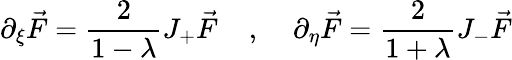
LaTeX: \partial_{\xi}\vec{F}=\frac{2}{1-\lambda}J_{+}\vec{F}\; \; \; \; ,\; \; \; \; \partial_{\eta}\vec{F}=\frac{2}{1+\lambda}J_{-}\vec{F}